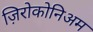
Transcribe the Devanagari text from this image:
ज़िरोकोनिअम